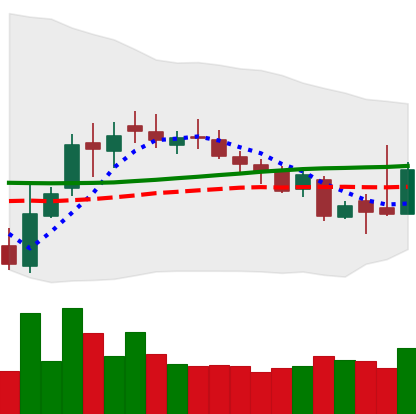
Ticker: XLM-USD
Chart end date: 2018-11-02
Forward return: 9.594%
Label: up_7plus